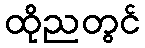
ထိုညတွင်